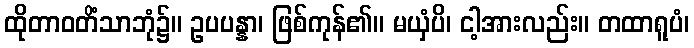
ထိုတာဝတိံသာဘုံ၌။ ဥပပန္နာ၊ ဖြစ်ကုန်၏။ မယှံပိ၊ ငါ့အားလည်း။ တထာရူပံ၊